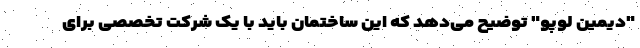
"دیمین لوپو" توضیح می‌دهد که این ساختمان باید با یک شرکت تخصصی برای